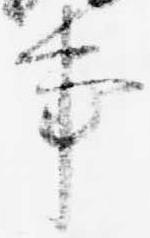
事